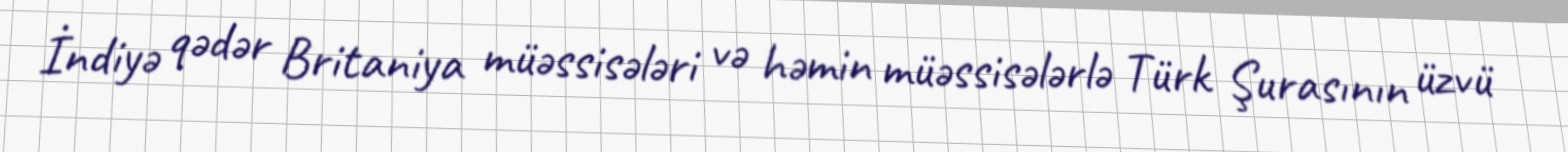
İndiyə qədər Britaniya müəssisələri və həmin müəssisələrlə Türk Şurasının üzvü